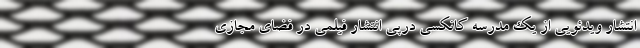
انتشار ویدئویی از یک مدرسه کانکسی درپی انتشار فیلمی در فضای مجازی